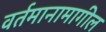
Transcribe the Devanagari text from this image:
वर्तमानामागील